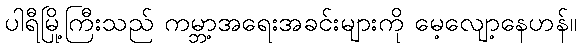
ပါရီမြို့ကြီးသည် ကမ္ဘာ့အရေးအခင်းများကို မေ့လျော့နေဟန်။